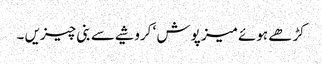
کڑھے ہوئے میز پوش ‘ کروشیے سے بنی چیزیں ۔